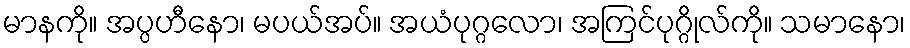
မာနကို။ အပ္ပဟီနော၊ မပယ်အပ်။ အယံပုဂ္ဂလော၊ အကြင်ပုဂ္ဂိုလ်ကို။ သမာနော၊